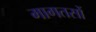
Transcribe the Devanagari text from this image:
मागतसों